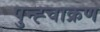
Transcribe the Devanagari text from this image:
पुन्ह्चाक्रण